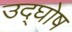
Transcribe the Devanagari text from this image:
उद्‌घोष